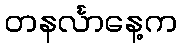
တနင်္လာနေ့က